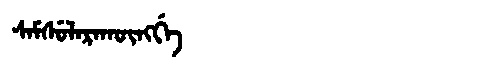
Manchu: ᠰᠠᠮᠰᡠᠯᠠᡵᠠᡴᡡᠩᡤᡝ
Romanization: SAMSULARAKŪNGGE